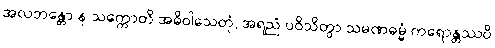
အလဘန္တော န သက္ကောတိ အဓိဝါသေတုံ, အရညံ ပဝိသိတွာ သမဏဓမ္မံ ကရောန္တဿပိ